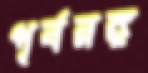
পূর্বরঙ্গ